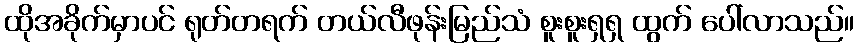
ထိုအခိုက်မှာပင် ရုတ်တရက် တယ်လီဖုန်းမြည်သံ စူးစူးရှရှ ထွက် ပေါ်လာသည်။